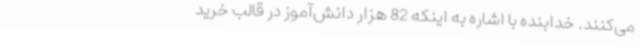
می‌کنند. خدابنده با اشاره به اینکه 82 هزار دانش‌آموز در قالب خرید